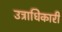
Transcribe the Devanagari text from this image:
उत्राधिकारी